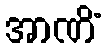
အာဏိံ